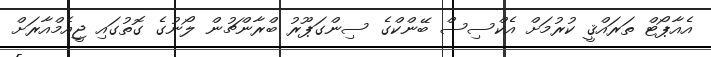
އެއާޕޯޓް ތަރައްޤީ ކުރުމަށް އެކްސިސް ބޭންކްގެ ސިންގަޕޫރު ބްރާންޗުން ލޯނުގެ ގޮތުގައި ޖީއެމްއާރަށް